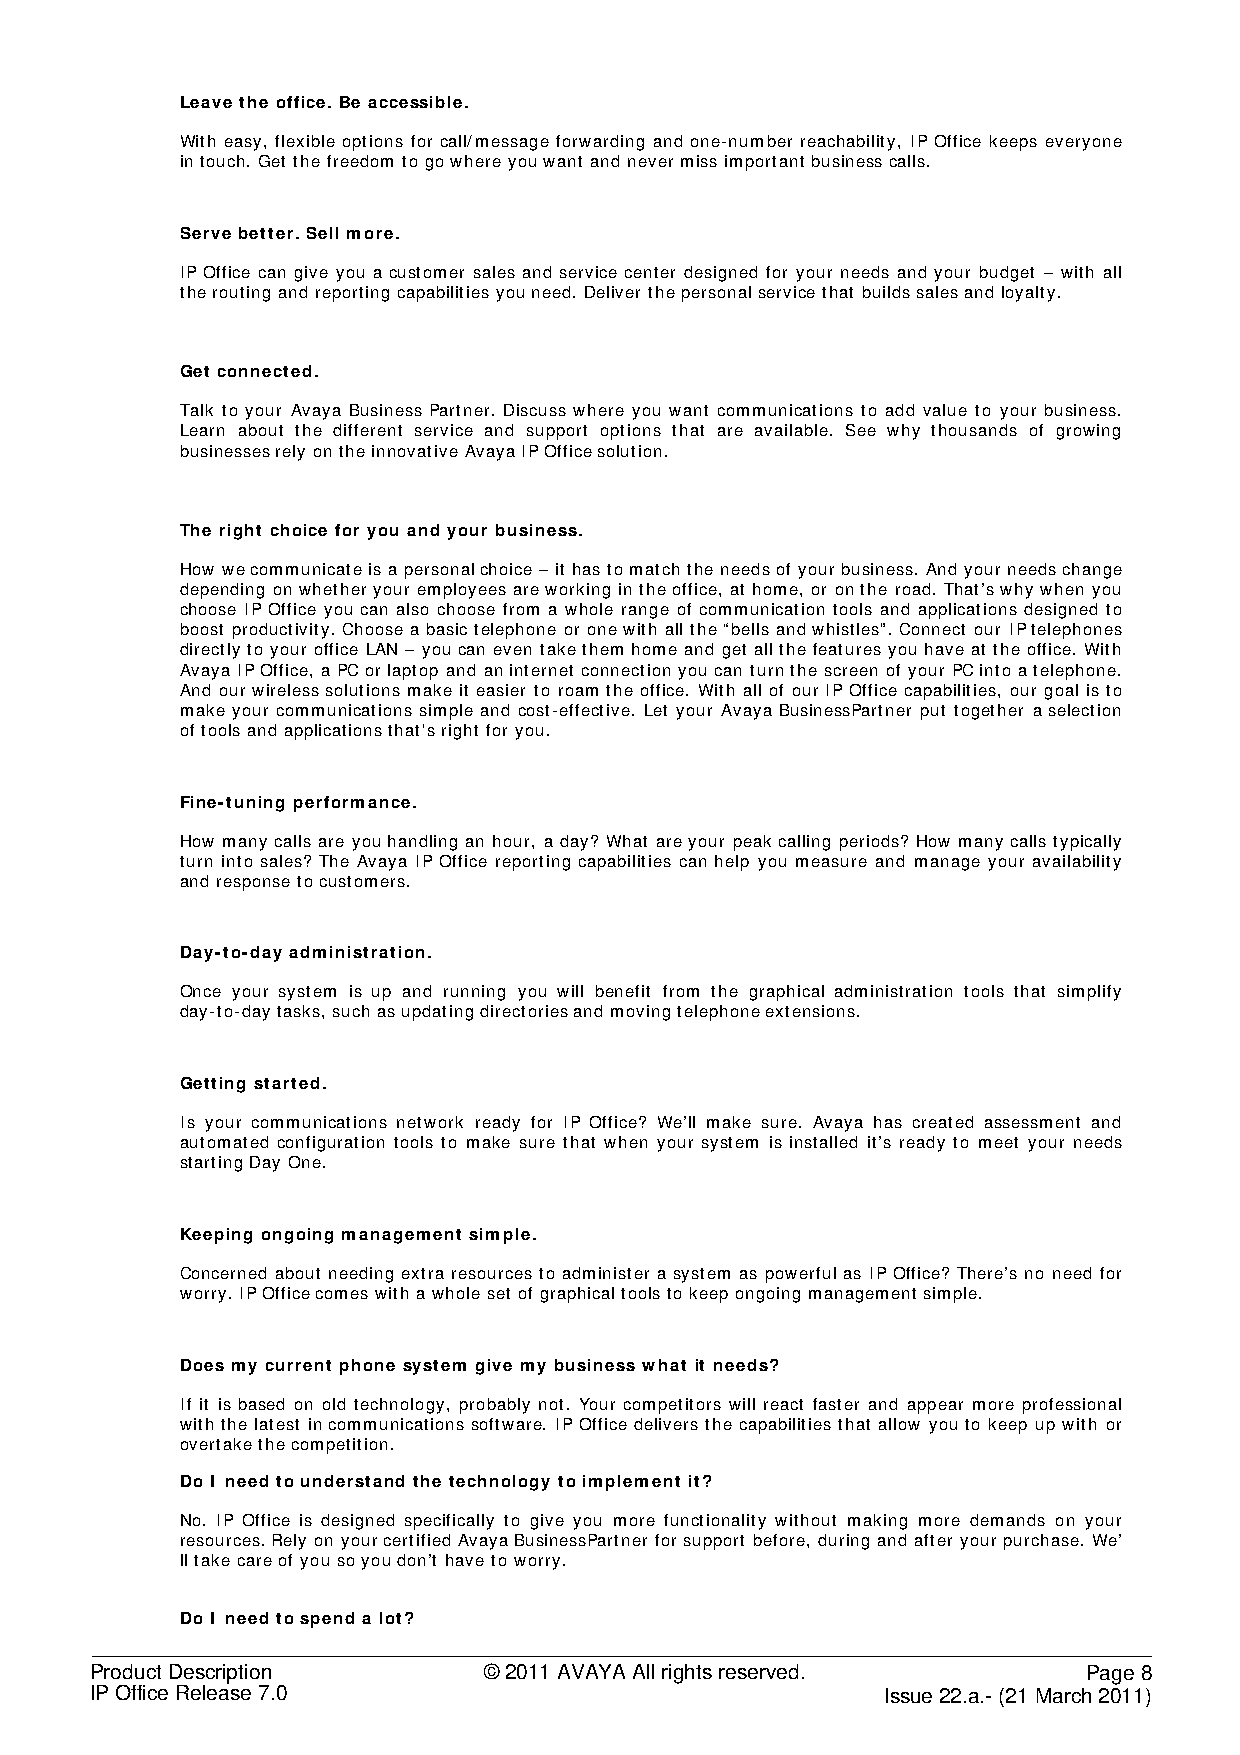
Leave the office. Be accessible.
 With easy, flexible options for call/message forwarding and one-number reachability, IP Office keeps everyone
 in touch. Get the freedom to go where you want and never miss important business calls.
 Serve better. Sell more.
 IP Office can give you a customer sales and service center designed for your needs and your budget – with all
 the routing and reporting capabilities you need. Deliver the personal service that builds sales and loyalty.
 Get connected.
 Talk to your Avaya Business Partner. Discuss where you want communications to add value to your business.
 Learn about the different service and support options that are available. See why thousands of growing
 businesses rely on the innovative Avaya IP Office solution.
 The right choice for you and your business.
 How we communicate is a personal choice – it has to match the needs of your business. And your needs change
 depending on whether your employees are working in the office, at home, or on the road. That’s why when you
 choose IP Office you can also choose from a whole range of communication tools and applications designed to
 boost productivity. Choose a basic telephone or one with all the “bells and whistles”. Connect our IP telephones
 directly to your office LAN – you can even take them home and get all the features you have at the office. With
 Avaya IP Office, a PC or laptop and an internet connection you can turn the screen of your PC into a telephone.
 And our wireless solutions make it easier to roam the office. With all of our IP Office capabilities, our goal is to
 make your communications simple and cost-effective. Let your Avaya BusinessPartner put together a selection
 of tools and applications that's right for you.
 Fine-tuning performance.
 How many calls are you handling an hour, a day? What are your peak calling periods? How many calls typically
 turn into sales? The Avaya IP Office reporting capabilities can help you measure and manage your availability
 and response to customers.
 Day-to-day administration.
 Once your system is up and running you will benefit from the graphical administration tools that simplify
 day-to-day tasks, such as updating directories and moving telephone extensions.
 Getting started.
 Is your communications network ready for IP Office? We’ll make sure. Avaya has created assessment and
 automated configuration tools to make sure that when your system is installed it’s ready to meet your needs
 starting Day One.
 Keeping ongoing management simple.
 Concerned about needing extra resources to administer a system as powerful as IP Office? There’s no need for
 worry. IP Office comes with a whole set of graphical tools to keep ongoing management simple.
 Does my current phone system give my business what it needs?
 If it is based on old technology, probably not. Your competitors will react faster and appear more professional
 with the latest in communications software. IP Office delivers the capabilities that allow you to keep up with or
 overtake the competition.
 Do I need to understand the technology to implement it?
 No. IP Office is designed specifically to give you more functionality without making more demands on your
 resources. Rely on your certified Avaya BusinessPartner for support before, during and after your purchase. We’
 ll take care of you so you don’t have to worry.
 Do I need to spend a lot?
 Product Description       © 2011 AVAYA All rights reserved.       Page 8
 IP Office Release 7.0                                Issue 22.a.- (21 March 2011)